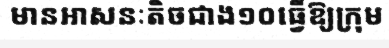
មានអាសនៈតិចជាង១០ធ្វើឱ្យក្រុម